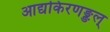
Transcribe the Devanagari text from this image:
आद्यकिरणङ्ङल्